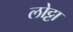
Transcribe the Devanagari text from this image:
लोट्टा